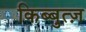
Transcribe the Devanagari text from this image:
किब्बुत्ज़